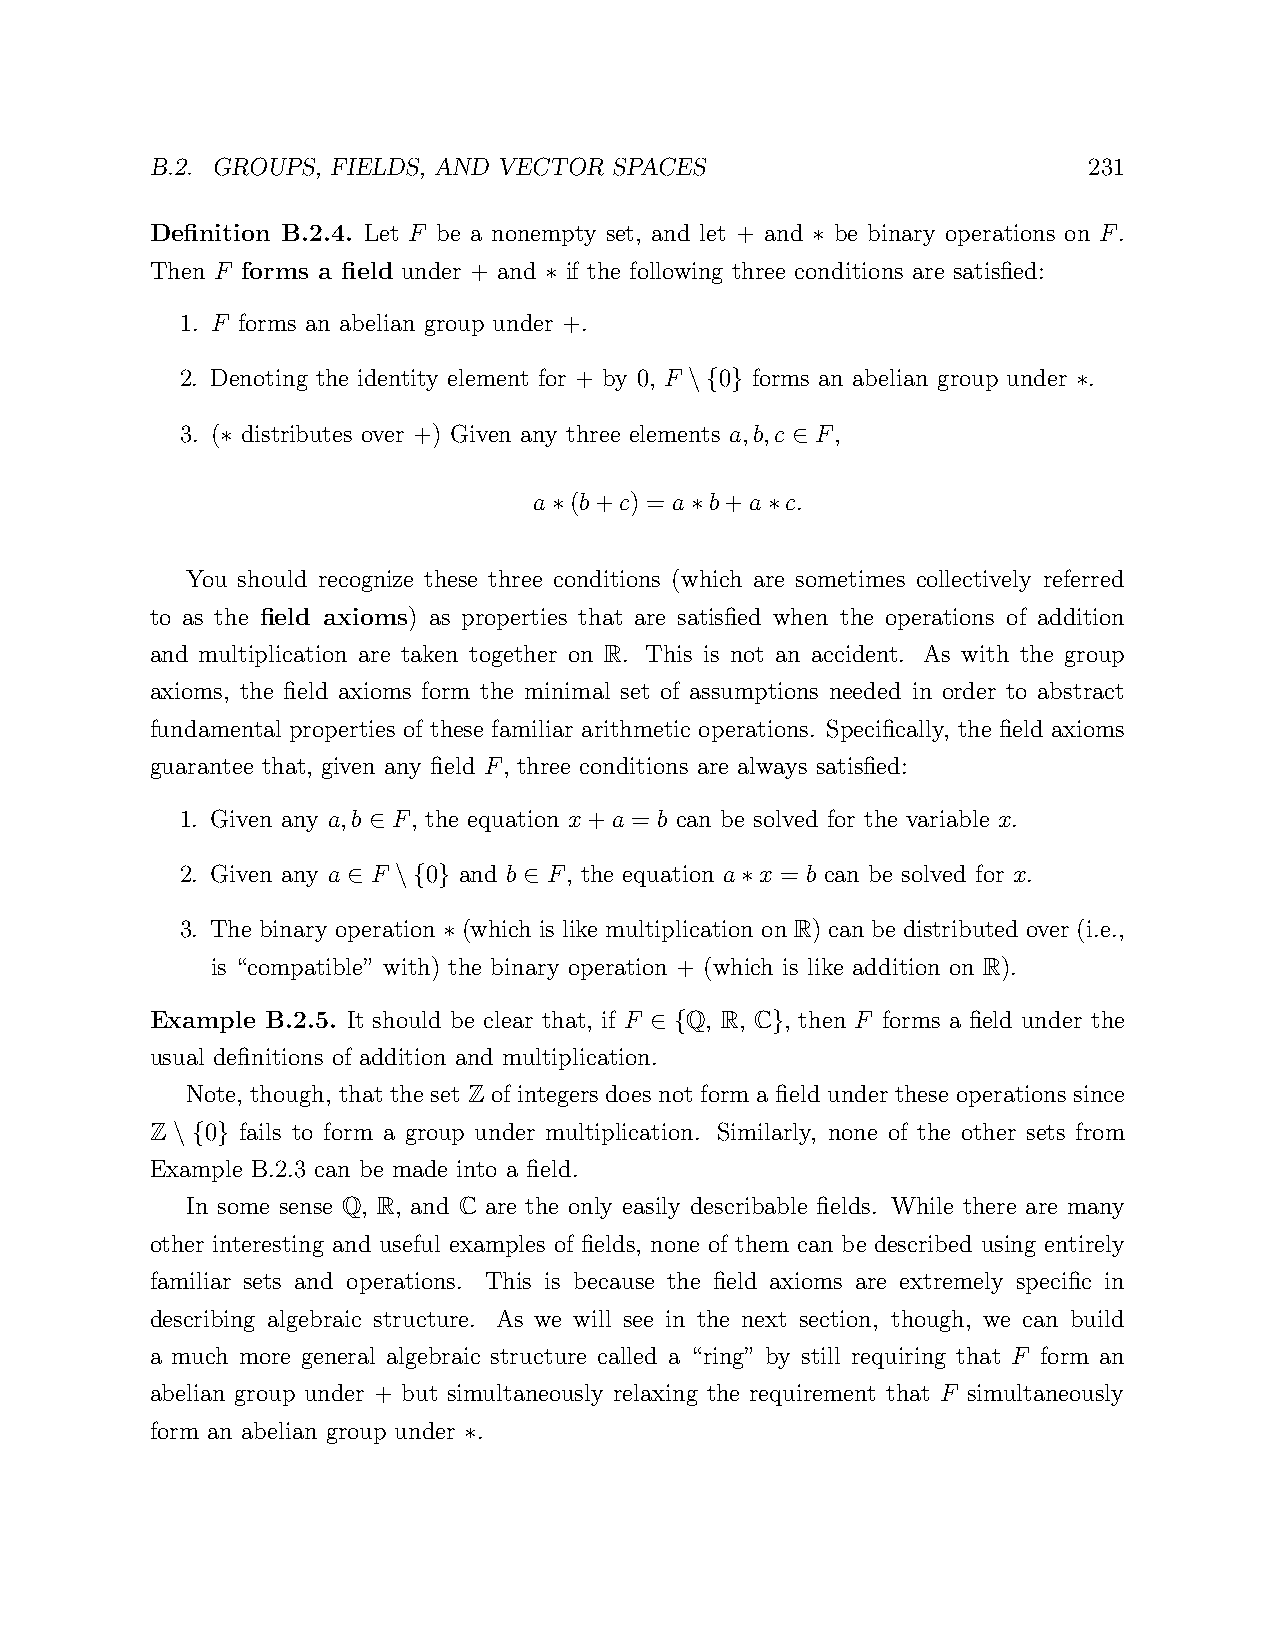
B.2. GROUPS, FIELDS, AND VECTOR SPACES                        231
 Definition B.2.4. Let F be a nonempty set, and let + and be binary operations on F.
 ∗
 Then F forms a field under + and if the following three conditions are satisfied:
 ∗
 1. F forms an abelian group under +.
 2. Denoting the identity element for + by 0, F 0 forms an abelian group under .
 \{ }                     ∗
 3. ( distributes over +) Given any three elements a,b,c F,
 ∗                                    ∈
 a  (b+c) = a b+a c.
 ∗        ∗    ∗
 You should recognize these three conditions (which are sometimes collectively referred
 to as the field axioms) as properties that are satisfied when the operations of addition
 and multiplication are taken together on R. This is not an accident. As with the group
 axioms, the field axioms form the minimal set of assumptions needed in order to abstract
 fundamental properties of these familiar arithmetic operations. Specifically, the field axioms
 guarantee that, given any field F, three conditions are always satisfied:
 1. Given any a,b F, the equation x+a = b can be solved for the variable x.
 ∈
 2. Given any a F 0 and b F, the equation a x = b can be solved for x.
 ∈  \{ }     ∈             ∗
 3. The binary operation (which is like multiplication on R) can be distributed over (i.e.,
 ∗
 is “compatible” with) the binary operation + (which is like addition on R).
 Example B.2.5. It should be clear that, if F Q, R, C , then F forms a field under the
 ∈ {     }
 usual definitions of addition and multiplication.
 Note, though, that the set Z of integers does not form a field under these operations since
 Z   0 fails to form a group under multiplication. Similarly, none of the other sets from
 \ { }
 Example B.2.3 can be made into a field.
 In some sense Q, R, and C are the only easily describable fields. While there are many
 other interesting and useful examples of fields, none of them can be described using entirely
 familiar sets and operations. This is because the field axioms are extremely specific in
 describing algebraic structure. As we will see in the next section, though, we can build
 a much more general algebraic structure called a “ring” by still requiring that F form an
 abelian group under + but simultaneously relaxing the requirement that F simultaneously
 form an abelian group under .
 ∗